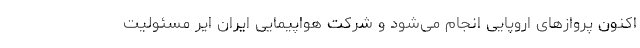
اکنون پروازهای اروپایی انجام می‌شود و شرکت هواپیمایی ایران ایر مسئولیت